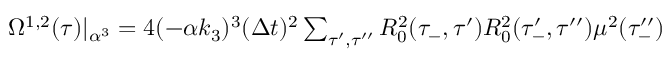
\begin{array} { r } { \Omega ^ { 1 , 2 } ( \tau ) | _ { \alpha ^ { 3 } } = 4 ( - \alpha k _ { 3 } ) ^ { 3 } ( \Delta t ) ^ { 2 } \sum _ { \tau ^ { \prime } , \tau ^ { \prime \prime } } R _ { 0 } ^ { 2 } ( \tau _ { - } , \tau ^ { \prime } ) R _ { 0 } ^ { 2 } ( \tau _ { - } ^ { \prime } , \tau ^ { \prime \prime } ) \mu ^ { 2 } ( \tau _ { - } ^ { \prime \prime } ) } \end{array}